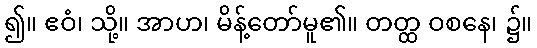
၍။ ဧဝံ၊ သို့။ အာဟ၊ မိန့်တော်မူ၏။ တတ္ထ ဝစနေ၊ ၌။